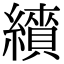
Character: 𦆋